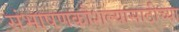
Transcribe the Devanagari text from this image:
संभाषणकौशल्यासाठीच्या